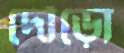
দৌড়ো